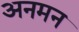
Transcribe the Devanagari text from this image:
अनमन